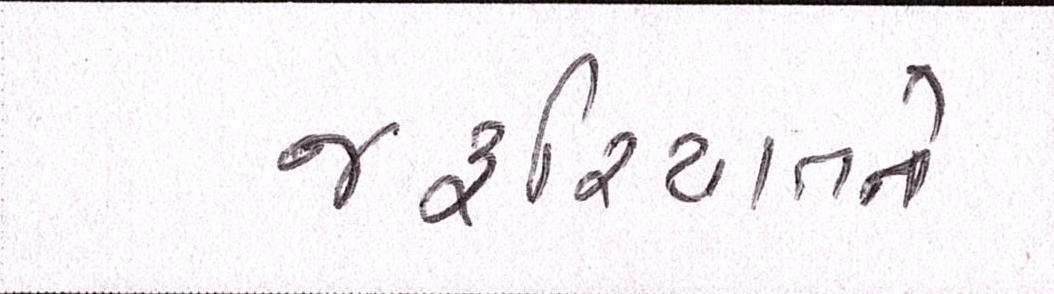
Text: જરિયાતને